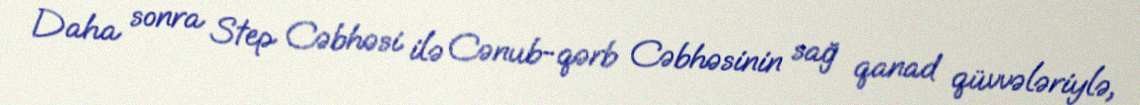
Daha sonra Step Cəbhəsi ilə Cənub-qərb Cəbhəsinin sağ qanad qüvvələriylə,